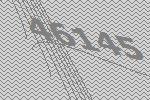
46145